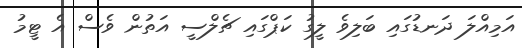
އަމިއްލަ ދަނޑުގައި ބަލިވެ ލީގު ކަޕްގައި ޗެލްސީ އަތުން ވެސް އެ ޓީމު